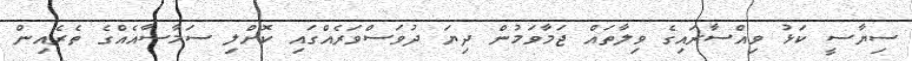
ސިޔާސީ ކަޅު ވިއްސާރައިގެ ވިލާތައް ޖަމާވަމުން ދިޔަ ދުވަސްވަރެއްގައި ކޮށްލި ސަމާސާއެއްގެ ތެރެއިން